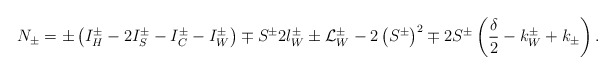
\begin{align*}N_{\pm }=\pm \left( I_{H}^{\pm }-2I^{\pm }_{S}-I^{\pm }_{C}-I^{\pm }_{W}\right) \mp S^{\pm }2l_{W}^{\pm }\pm {\cal L}^{\pm }_{W}-2\left( S^{\pm }\right) ^{2}\mp 2S^{\pm }\left( \displaystyle\frac{\delta }{2}-k_{W}^{\pm }+k_{\pm }\right) .\end{align*}